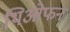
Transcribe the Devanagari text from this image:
थिओफन